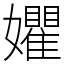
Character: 㜹